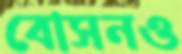
বোসনও